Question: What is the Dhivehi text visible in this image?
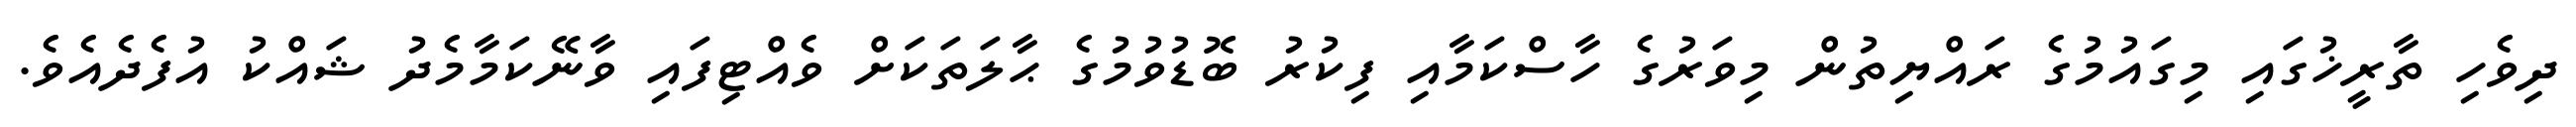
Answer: ދިވެހި ތާރީޚުގައި މިގައުމުގެ ރައްޔިތުން މިވަރުގެ ހާސްކަމާއި ފިކުރު ބޮޑުވުމުގެ ޙާލަތަކަށް ވެއްޓިފައި ވާނޭކަމާމެދު ޝައްކު އުފެދެއެވެ.